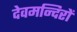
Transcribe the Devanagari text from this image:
देवमन्दिरों